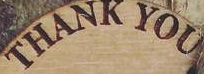
THANK YOU